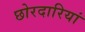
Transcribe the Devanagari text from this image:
छोरदारियां